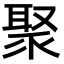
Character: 聚